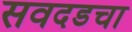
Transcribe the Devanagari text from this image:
सवदडचा